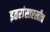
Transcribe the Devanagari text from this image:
इतरांसारखीच